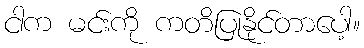
ငါက မင်းကို ကတိပြုနိုင်တာပေါ့။